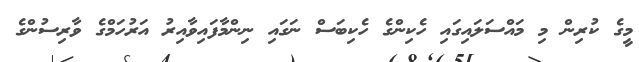
މީގެ ކުރިން މި މައްސަލައިގައި ހެކިންގެ ހެކިބަސް ނަގައި ނިންމާފައިވާއިރު އަރުހަމްގެ ވާރިސުންގެ